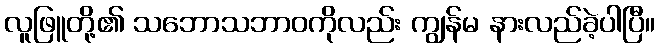
လူဖြူတို့၏ သဘောသဘာဝကိုလည်း ကျွန်မ နားလည်ခဲ့ပါပြီ။